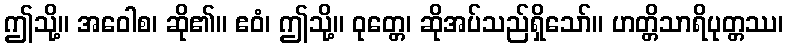
ဤသို့။ အဝေါစ၊ ဆို၏။ ဧဝံ၊ ဤသို့။ ဝုတ္တေ၊ ဆိုအပ်သည်ရှိသော်။ ဟတ္တိသာရိပုတ္တဿ၊